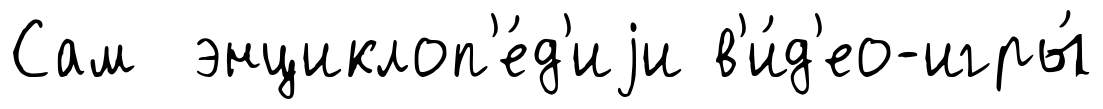
Сам энциклоп'е́д'иjи в'и́д'ео-игры́